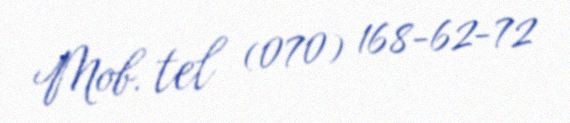
Mob. tel (070) 168-62-72